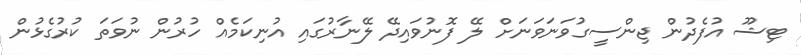
ޓިޝޫ އުފެދުން ޖިންސީގުވަނަވަނަށް ލޭ ފޮނުވައިދޭ ލޭނާރުގައި އުނިކަމެއް ހުރުން ނުވަތަ ކުރުގެޅުން